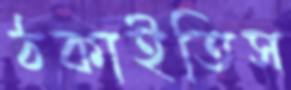
ঠকাইতিস